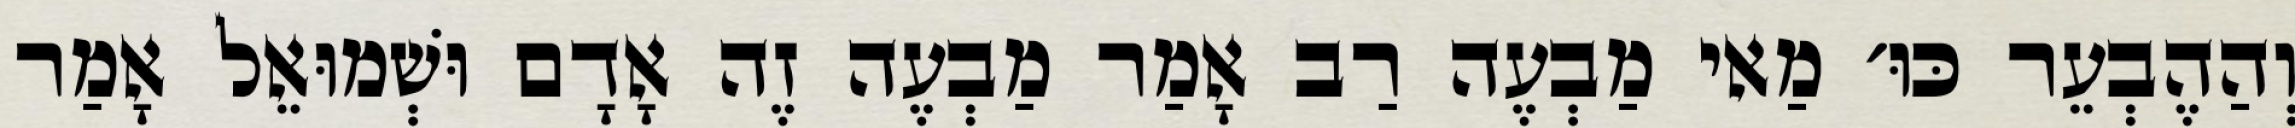
וְהַהֶבְעֵר כּוּ׳ מַאי מַבְעֶה רַב אָמַר מַבְעֶה זֶה אָדָם וּשְׁמוּאֵל אָמַר